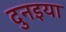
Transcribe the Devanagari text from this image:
दुनइया